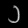
Digit: ၁